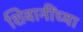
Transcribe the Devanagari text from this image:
शिवानींच्या